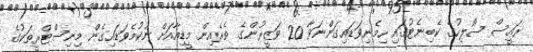
ރައީސް ސޯލިހުގެ ކެބިނެޓުގައި ހިމެނިވަޑައިގަންނަވާ 20 ވަޒީރުންގެ ތެރެއިން މީޑިއާއަށް ނުކުމެވަޑައިގެން މިނިސްޓްރީތަކުގެ